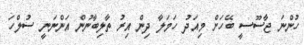
ހުންނަ ޖާސޫސީ ބޭހަށް މިއަދު ހަމަލާ ދިން އިރު ތާލިބާނުން އަންނަނީ ސުލްހަ